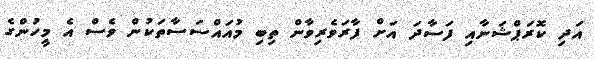
އަދި ކޮރަޕްޝަނާއި ފަސާދަ އަށް ފާރަވެރިވާން ތިބި މުއައްސަސާތަކުން ވެސް އެ މީހުންގެ